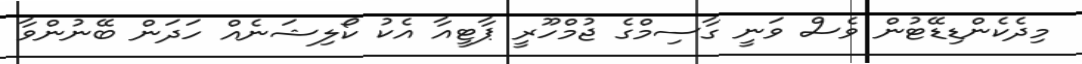
މިދެކެންޑިޑޭޓުން ވެސް ވަނީ ގާސިމްގެ ޖުމްހޫރީ ޕާޓީއާ އެކު ކޯލިޝަނެއް ހަދަން ބޭނުންވާ